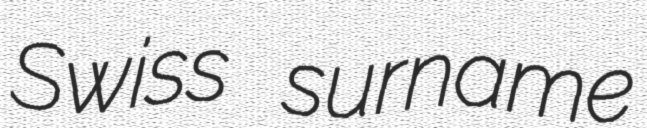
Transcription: Swiss surname